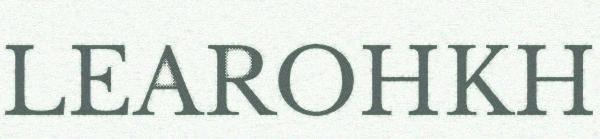
LEAROHKH